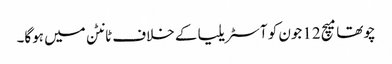
چوتھا میچ 12جون کو آسٹریلیا کے خلاف ٹانٹن میں ہوگا۔